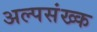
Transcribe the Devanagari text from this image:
अल्पसंख्क